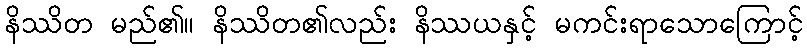
နိဿိတ မည်၏။ နိဿိတ၏လည်း နိဿယနှင့် မကင်းရာသောကြောင့်